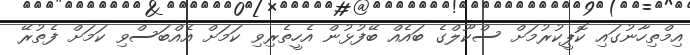
އިމްތިހާނުގައި ކޮޕީކުރުމަށް ސްކޫލްގެ ބައެއް ބޭފުޅުން އެހީތެރިވި ކަމަށް އެއްބަސްވި ކަމަށް ފެތުރޭ